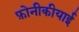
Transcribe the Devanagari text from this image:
फ़ोनीकीयाई